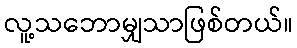
လူ့သဘောမျှသာဖြစ်တယ်။